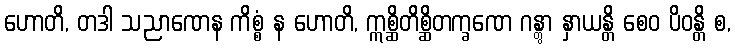
ဟောတိ, တဒါ သညာဏေန ကိစ္စံ န ဟောတိ, ဣစ္ဆိတိစ္ဆိတက္ခဏေ ဂန္တွာ နှာယန္တိ စေဝ ပိဝန္တိ စ,